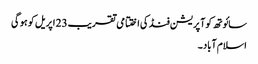
سائوتھ کوآپریشن فنڈ کی اختتامی تقریب 23 اپریل کو ہو گی
اسلام آباد ۔